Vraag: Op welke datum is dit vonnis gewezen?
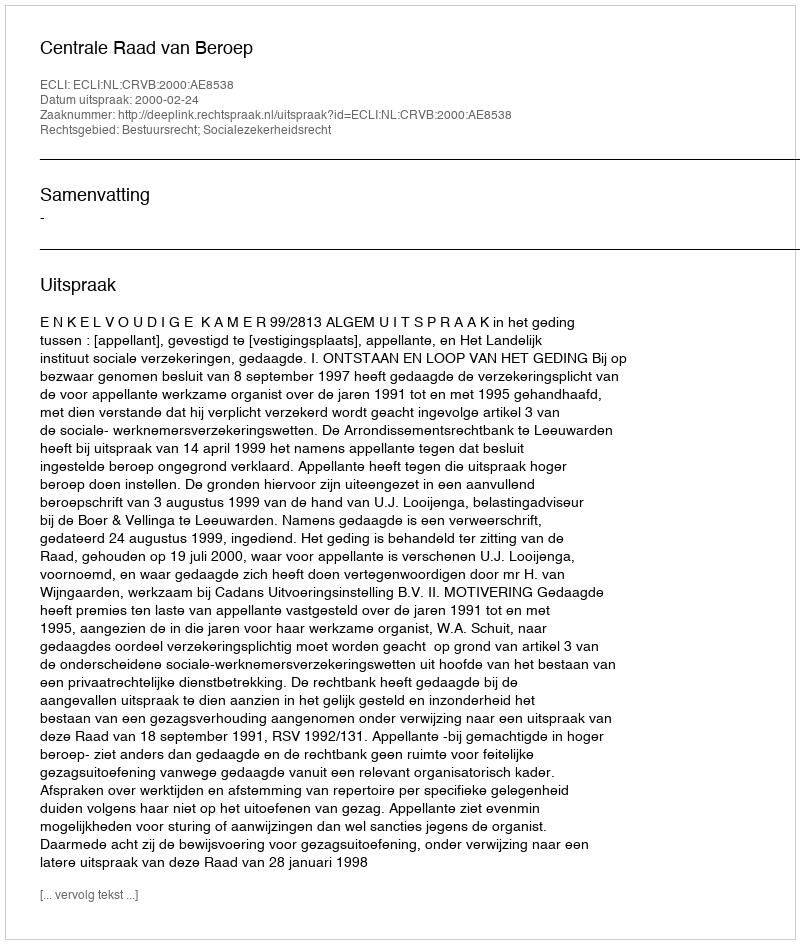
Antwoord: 2000-02-24